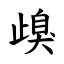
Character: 㱗